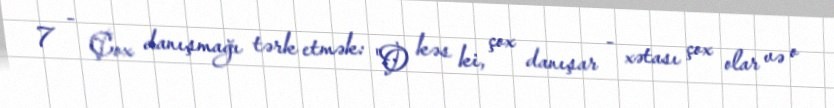
7 - Çox danışmağı tərk etmək: "O kəs ki, çox danışar - xətası çox olar və o